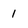
Character: 1